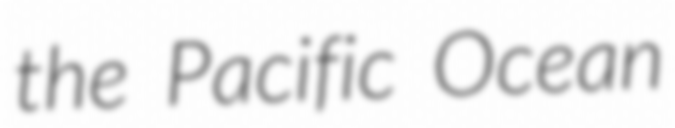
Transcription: the Pacific Ocean